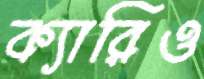
ক্যারিও